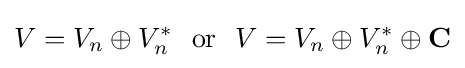
V=V_{n}\oplus V_{n}^{*}\ {\text{ or }}\ V=V_{n}\oplus V_{n}^{*}\oplus \mathbf {C}